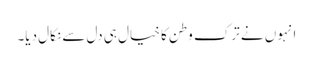
انہوں نے ترک وطن کا خیال ہی دل سے نکال دیا۔